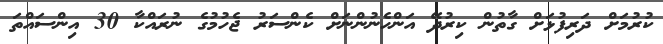
ކުރުމަށް ދަރިފުޅަށް ގާތުން ކިރުދޭ އަންހެނުންނަށް ކެންސަރު ޖެހުމުގެ ނުރައްކާ 30 އިންސައްތަ